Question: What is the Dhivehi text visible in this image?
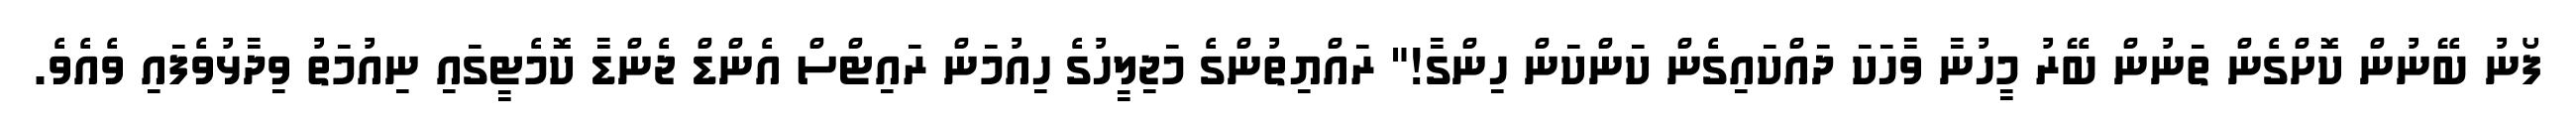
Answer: ފޯނު ބޭނުން ކޮށްގެން ތަނުން ބޭރު މީހުނާ ވާހަކަ ދައްކައިގެން ކަންކަން ހިންގާ!" ރައްޔިތުންގެ މަޖިލީހުގެ ހިއުމަން ރައިޓްސް އެންޑް ޖެންޑާ ކޮމެޓީގައި ނިއުމަތު ވިދާޅުވެފައި ވެއެވެ.